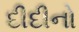
દીદીનો